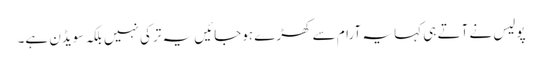
پولیس نے آتے ہی کہا یہ آرام سے کھڑے ہوجائیں یہ ترکی نہیں بلکہ سویڈن ہے۔